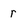
Character: r